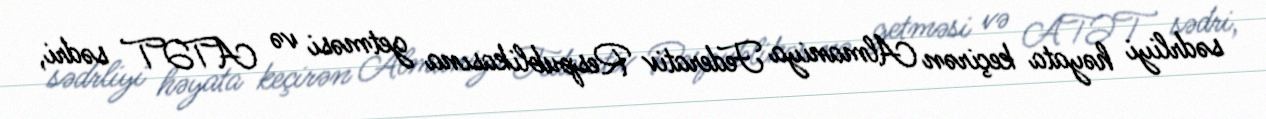
sədrliyi həyata keçirən Almaniya Federativ Respublikasına getməsi və ATƏT sədri,